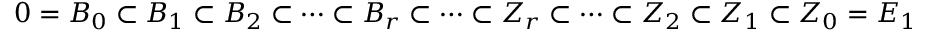
0 = B _ { 0 } \subset B _ { 1 } \subset B _ { 2 } \subset \dots \subset B _ { r } \subset \dots \subset Z _ { r } \subset \dots \subset Z _ { 2 } \subset Z _ { 1 } \subset Z _ { 0 } = E _ { 1 }